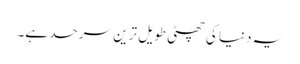
یہ دنیا کی چھٹی طویل ترین سرحد ہے۔